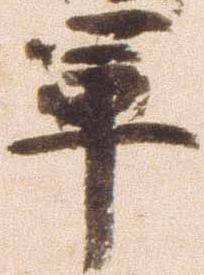
軍